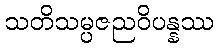
သတိသမ္ပဇညဝိပန္နဿ